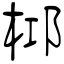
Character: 桏